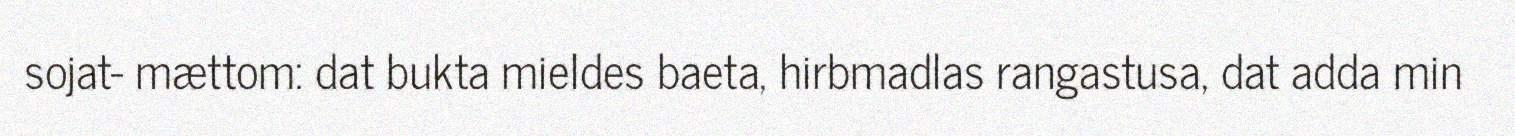
sojat- mættom: dat bukta mieldes baeta, hirbmadlas rangastusa, dat adda min